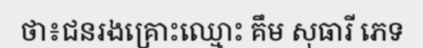
ថា៖ជនរងគ្រោះឈ្មោះ គឹម សុធារី ភេទ